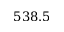
5 3 8 . 5